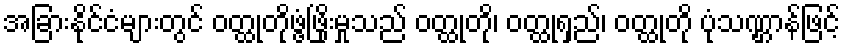
အခြားနိုင်ငံများတွင် ဝတ္ထုတိုဖွံ့ဖြိုးမှုသည် ဝတ္ထုတို၊ ဝတ္ထုရှည်၊ ဝတ္ထုတို ပုံသဏ္ဌာန်ဖြင့်